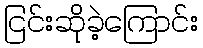
ငြင်းဆိုခဲ့ကြောင်း